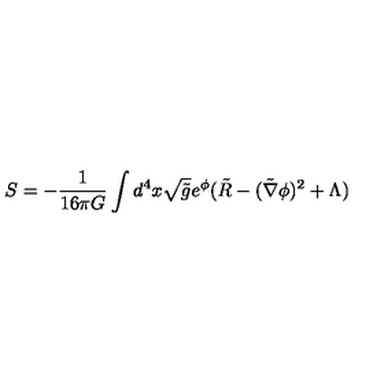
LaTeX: S = - \frac { 1 } { 1 6 \pi G } \int d ^ { 4 } x \sqrt { \tilde { g } } e ^ { \phi } ( \tilde { R } - ( \tilde { \nabla } \phi ) ^ { 2 } + \Lambda )